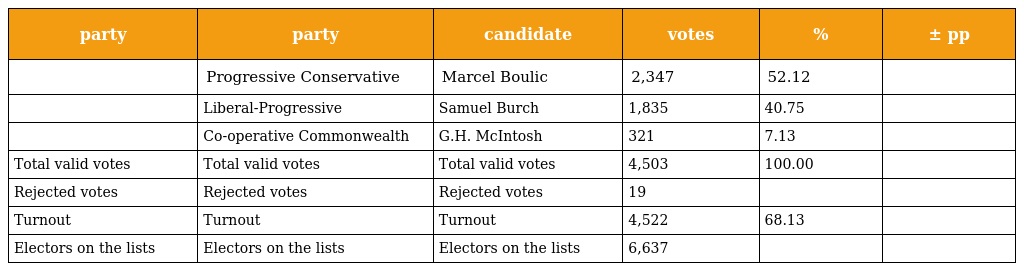
| party | party | candidate | votes | % | ± pp |
 | --- | --- | --- | --- | --- | --- |
 |  | Progressive Conservative | Marcel Boulic | 2,347 | 52.12 |  |
 |  | Liberal-Progressive | Samuel Burch | 1,835 | 40.75 |  |
 |  | Co-operative Commonwealth | G.H. McIntosh | 321 | 7.13 |  |
 | Total valid votes | Total valid votes | Total valid votes | 4,503 | 100.00 |  |
 | Rejected votes | Rejected votes | Rejected votes | 19 |  |  |
 | Turnout | Turnout | Turnout | 4,522 | 68.13 |  |
 | Electors on the lists | Electors on the lists | Electors on the lists | 6,637 |  |  |